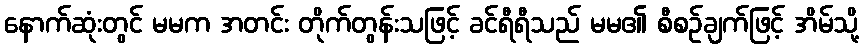
နောက်ဆုံးတွင် မမက အတင်း တိုက်တွန်းသဖြင့် ခင်ရီရီသည် မမ၏ စီစဉ်ချက်ဖြင့် အိမ်သို့